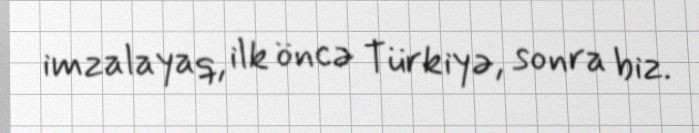
imzalayaq, ilk öncə Türkiyə, sonra biz.